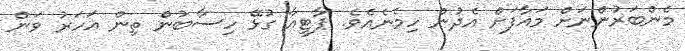
މެންބަރުންނަށް މައާފަށް އެދުން ހިމެނެއެވެ. ޕާޓީއާ ގުޅޭ ހިސާބުން ތިން އަހަރު ވަން